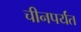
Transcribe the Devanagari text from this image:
चीनपर्यंत